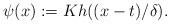
LaTeX: \begin{align*}\psi(x) := K h((x-t)/\delta). \end{align*}